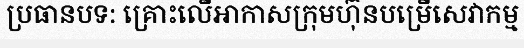
ប្រធានបទ: គ្រោះលើអាកាសក្រុមហ៊ុនបម្រើសេវាកម្ម